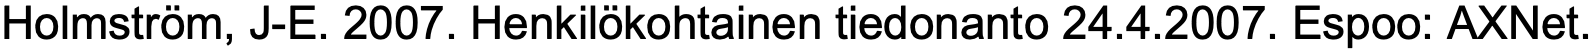
Holmström, J-E. 2007. Henkilökohtainen tiedonanto 24.4.2007. Espoo: AXNet.